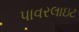
પાવરલાઇટ